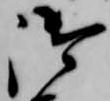
御